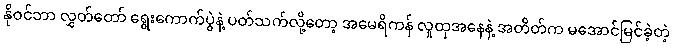
နိုဝင်ဘာ လွှတ်တော် ရွေးကောက်ပွဲနဲ့ ပတ်သက်လို့တော့ အမေရိကန် လူထုအနေနဲ့ အတိတ်က မအောင်မြင်ခဲ့တဲ့